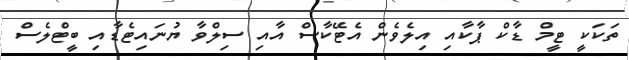
ތަކަކީ ޓީމް ޑާކް ޕާކާއި އިލެވެން އެޓޭކާސް އާއި ސިލްވާ ޔުނައިޓެޑާއި ބީޓްލެސް